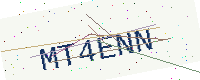
Text: MT4ENN